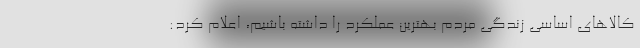
کالاهای اساسی زندگی مردم بهترین عملکرد را داشته باشیم، اعلام کرد: